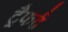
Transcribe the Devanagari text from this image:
ट्रैफर्ढ